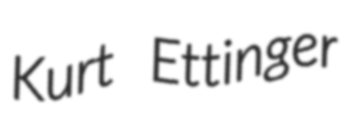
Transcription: Kurt Ettinger